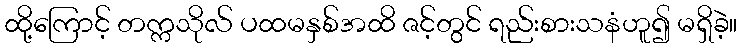
ထို့ကြောင့် တက္ကသိုလ် ပထမနှစ်အထိ ဇင့်တွင် ရည်းစားသနံဟူ၍ မရှိခဲ့။